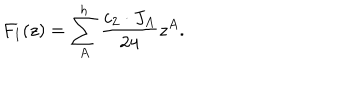
F _ { 1 } ( z ) = \sum _ { A } ^ { h } { \frac { c _ { 2 } \cdot J _ { A } } { 2 4 } } z ^ { A } .